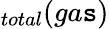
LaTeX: _{total}(ga\mathtt{s})